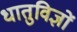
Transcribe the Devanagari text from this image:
धातुविज्ञों